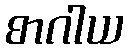
စာဂါယ